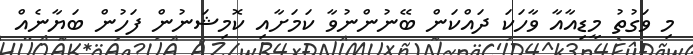
މި ވަގުތު މީޑިއާއާ ވާހަކަ ދައްކަން ބޭނުންނުވާ ކަމަށާއި ކޮމިޝަނުން ފަހުން ބަޔާނެއް